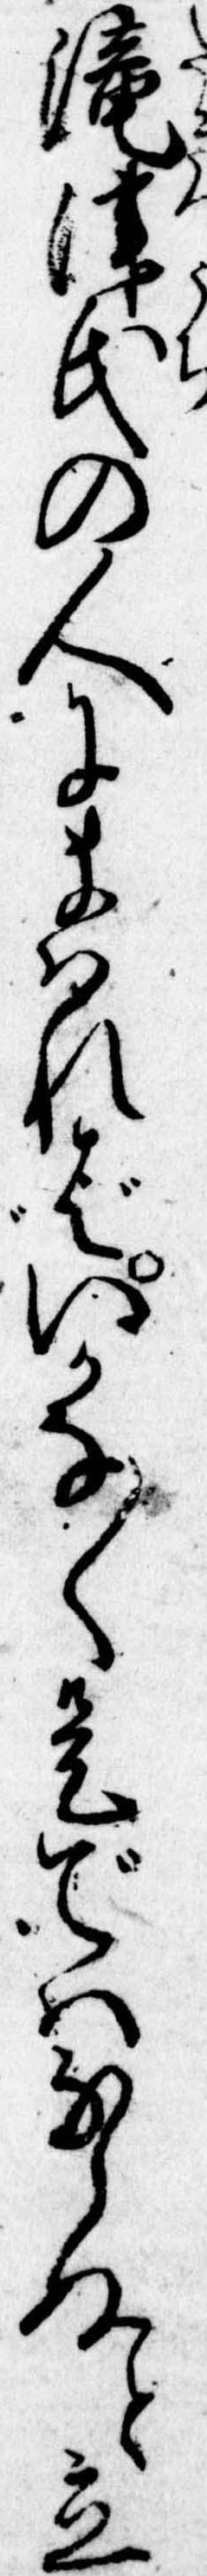
滝津氏の人にまはればいかな〱是ではならぬと立